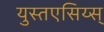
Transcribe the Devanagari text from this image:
युस्तएसिय्स्